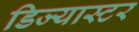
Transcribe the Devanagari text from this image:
डिज्यास्टर